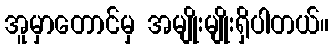
အူမှာတောင်မှ အမျိုးမျိုးရှိပါတယ်။